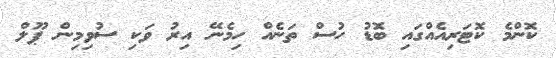
ކޮންމެ ކޮޓަރިއެއްގައި ބޮޑު ހުސް ތަނެއް ހިމެނޭ އިރު ވަކި ސުވިމިން ޕޫލް